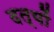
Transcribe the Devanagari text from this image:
दत्यों